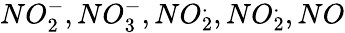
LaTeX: NO_{2}^{-},NO_{3}^{-},NO_{2}^{.},NO_{2}^{.},NO